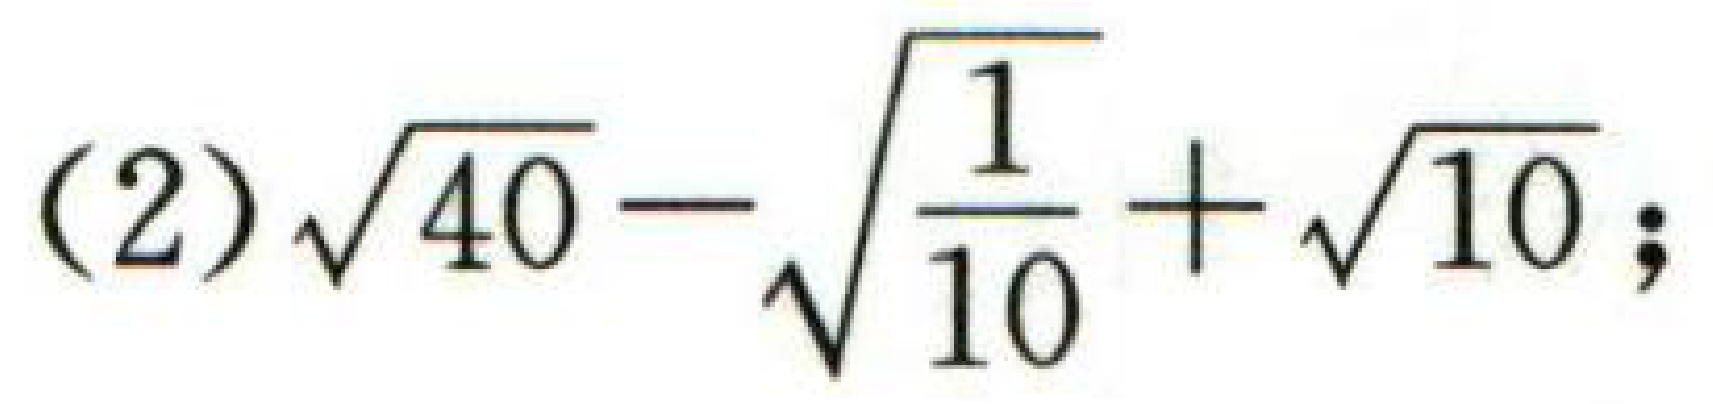
(2) $\sqrt{40}-\sqrt{\frac{1}{10}}+\sqrt{10}$;